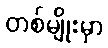
တစ်မျိုးမှာ